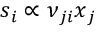
\boldsymbol { s } _ { i } \propto \boldsymbol { \nu } _ { j i } \boldsymbol { x } _ { j }